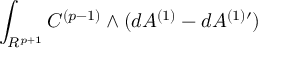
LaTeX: \int _ { R ^ { p + 1 } } C ^ { ( p - 1 ) } \wedge ( d A ^ { ( 1 ) } - d A ^ { ( 1 ) \prime } )